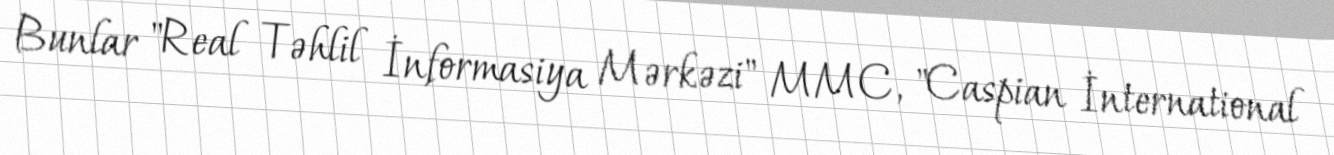
Bunlar "Real Təhlil İnformasiya Mərkəzi" MMC, "Caspian İnternational